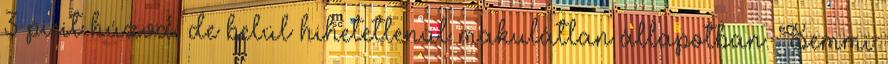
3 picit húzva, de belül hihetetlenül makulátlan állapotban. Semmi